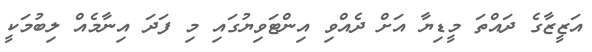
އަޒީޒާގެ ދައްތަ މީޑިޔާ އަށް ދެއްވި އިންޓަވިޔުގައި މި ފަދަ އިނާމެއް ލިބުމަކީ